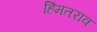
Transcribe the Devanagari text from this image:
हिंमतराव